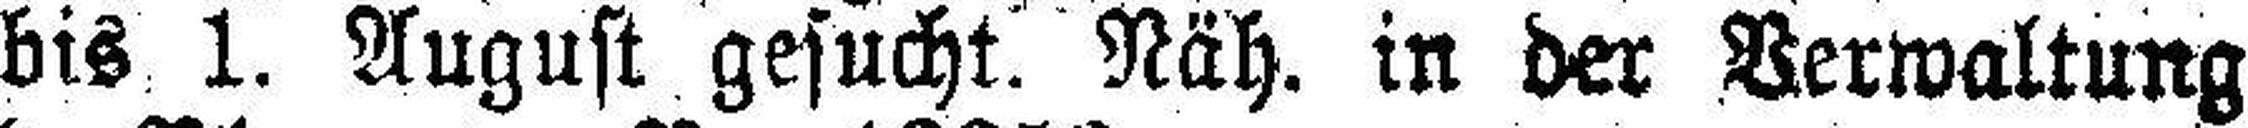
bis 1. August gesuchtt. Näh. in der Verwaltung